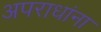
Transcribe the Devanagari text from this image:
अपराधांना